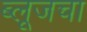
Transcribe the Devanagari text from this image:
ब्लूजचा